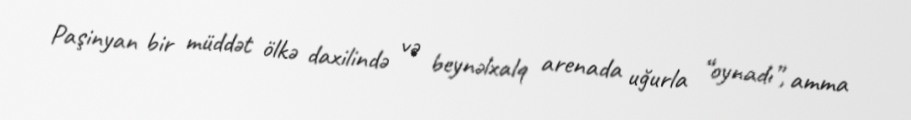
Paşinyan bir müddət ölkə daxilində və beynəlxalq arenada uğurla “oynadı”, amma